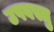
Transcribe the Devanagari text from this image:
उपवस्तु